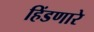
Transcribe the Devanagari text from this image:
हिंडणारे